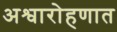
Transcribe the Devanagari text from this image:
अश्वारोहणात